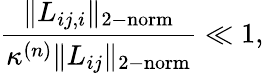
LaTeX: \frac{\| L_{ij,i}\| _{\mathrm{2-norm}}}{\kappa^{(n)}\| L_{ij}\| _{\mathrm{2-norm}}}\ll 1,